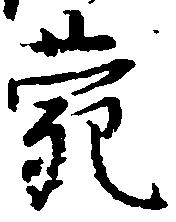
苑